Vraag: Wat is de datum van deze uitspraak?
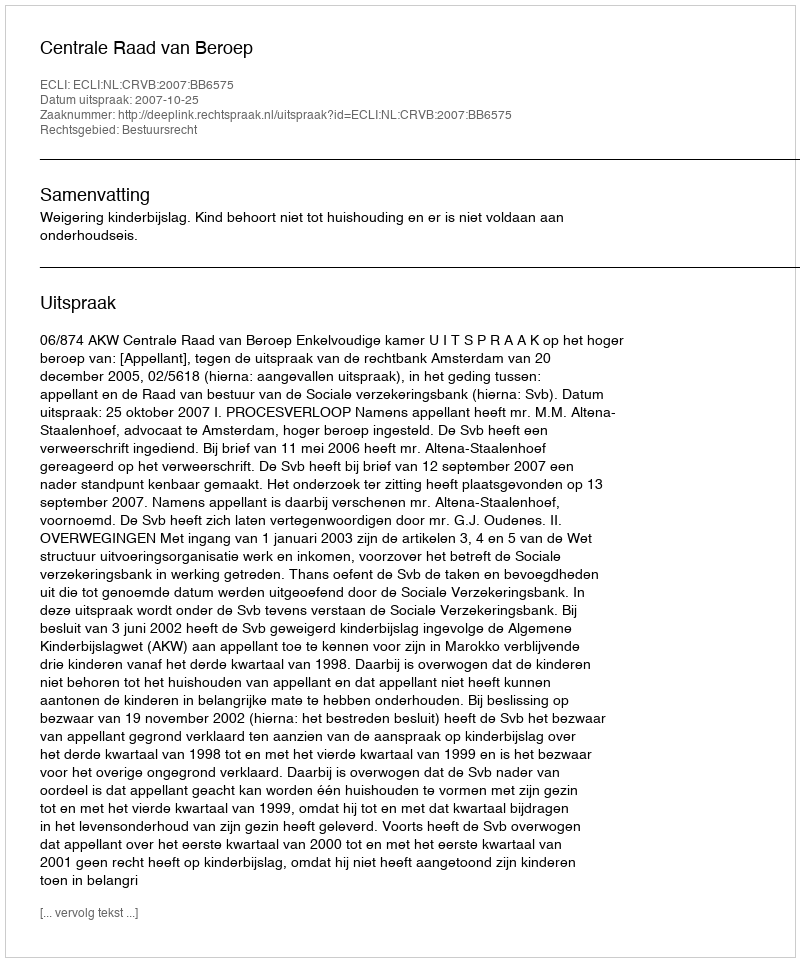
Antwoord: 2007-10-25